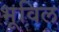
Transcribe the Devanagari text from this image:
भूविल